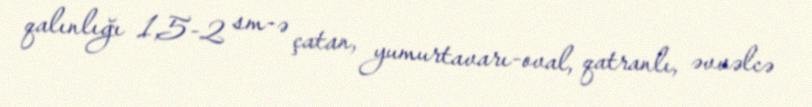
qalınlığı 1,5-2 sm-ə çatan, yumurtavarı-oval, qatranlı, əvvəlcə